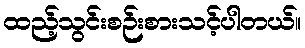
ထည့်သွင်းစဉ်းစားသင့်ပါတယ်။